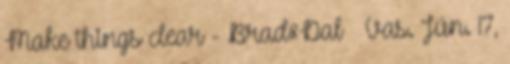
Make things clear - Brad&Dal ₰ Vas. Jún. 17,